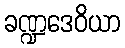
ခဏ္ဍဒေဝိယာ